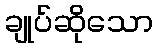
ချုပ်ဆိုသော